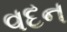
વદન